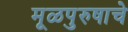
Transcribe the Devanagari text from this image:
मूळपुरुषाचे